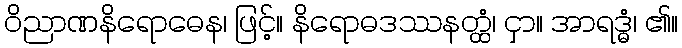
ဝိညာဏနိရောဓေန၊ ဖြင့်။ နိရောဓဒဿနတ္ထံ၊ ငှာ။ အာရဒ္ဓံ၊ ၏။